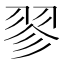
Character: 翏